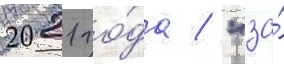
2021 го́да / "за́